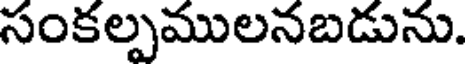
సంకల్పములనబడును.